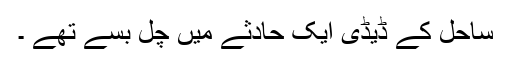
ساحل کے ڈیڈی ایک حادثے میں چل بسے تھے ۔